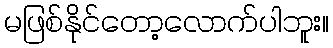
မဖြစ်နိုင်တော့လောက်ပါဘူး။